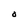
Character: O